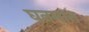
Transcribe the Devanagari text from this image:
घनमान